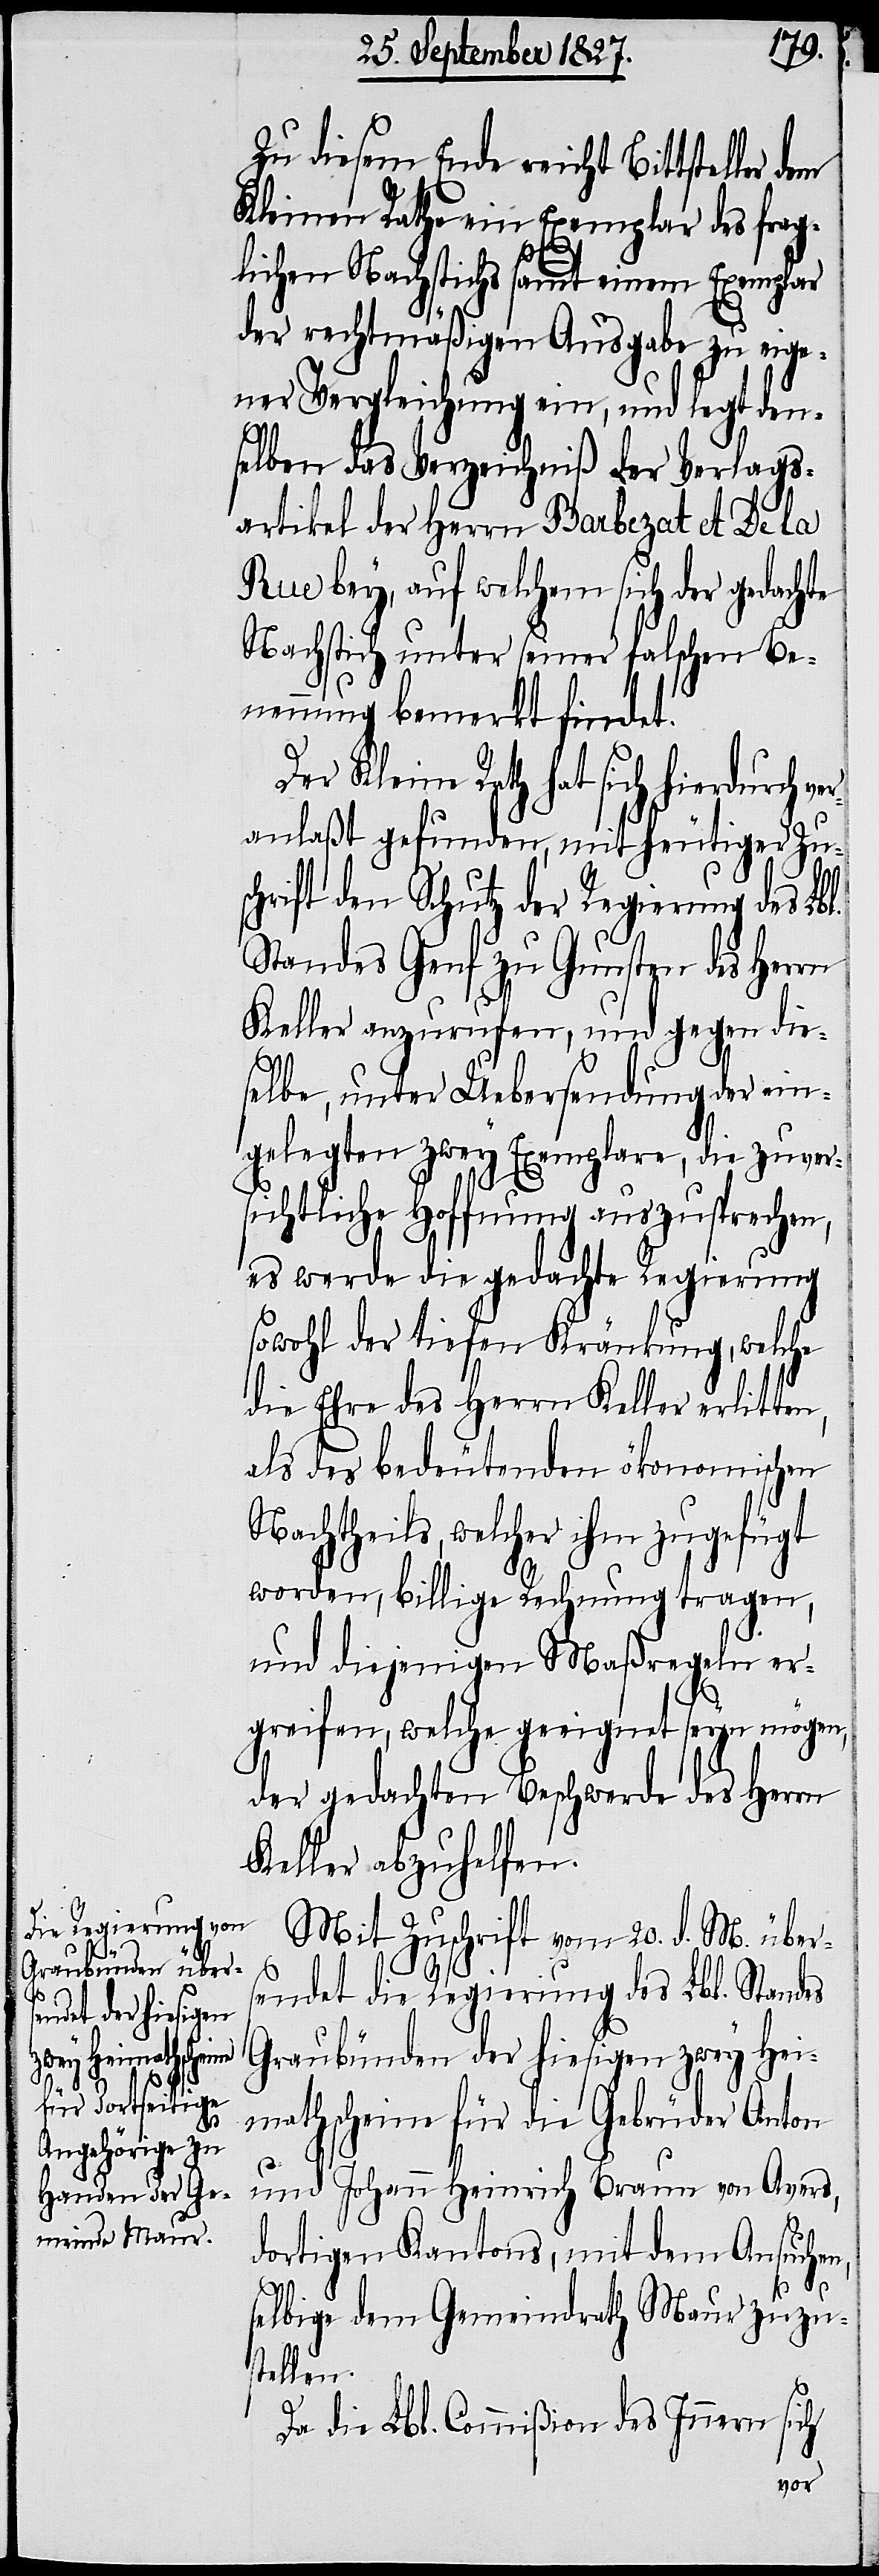
Zu diesem Ende reicht Bittsteller
Kleinen Rathe ein Exemplar des frag¬
lichen Nachstichs sammt einem Exemplar
der rechtmäßigen Ausgabe zu eige¬
ner Vergleichung ein, und legt den¬
selben das Verzeichniß der Verlags¬
artikel der Herrn Barbezat et De la
Rue bey, auf welchem sich der gedachte
Nachstich unter seiner falschen Be¬
nennung bemerkt findet.
Der Kleine Rath hat sich hierdurch
anlaßt gefunden, mit heutiger Zus¬
chrift den Schutz der Regierung des Lbl.
Standes Genf zu Gunsten des Herrn
Keller anzurufen, und gegen die¬
selbe, unter Uebersendung der ein¬
gelegten zwey Exemplare, die zuver¬
sichtliche Hoffnung auszusprechen,
es werde die gedachte Regierung
sowohl der tiefen Kränkung, welche
die Ehre des Herrn Keller erlitten,
als des bedeutenden ökonomischen
Nachtheils, welcher ihm zugefügt
worden, billige Rechnung tragen,
und diejenigen Maßregeln er¬
greifen, welche geeignet seyn mögen,
der gedachten Beschwerde des Herrn
Keller abzuhelfen.
Mit Zuschrift vom 20. d. M. über¬
sendet die Regierung des Lbl. Standes
Graubünden der hiesigen zwey Hei¬
mathscheine für die Gebrüder Anton
und Johann Heinrich Braun von Avers,
dortigen Kantons, mit dem Ansuche¬
n,
selbige dem Gemeindrath Maur zuzus¬
tellen.
Da die Lbl. Commißion des Innern sich
ver¬